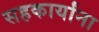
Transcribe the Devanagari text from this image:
सहकार्यांना